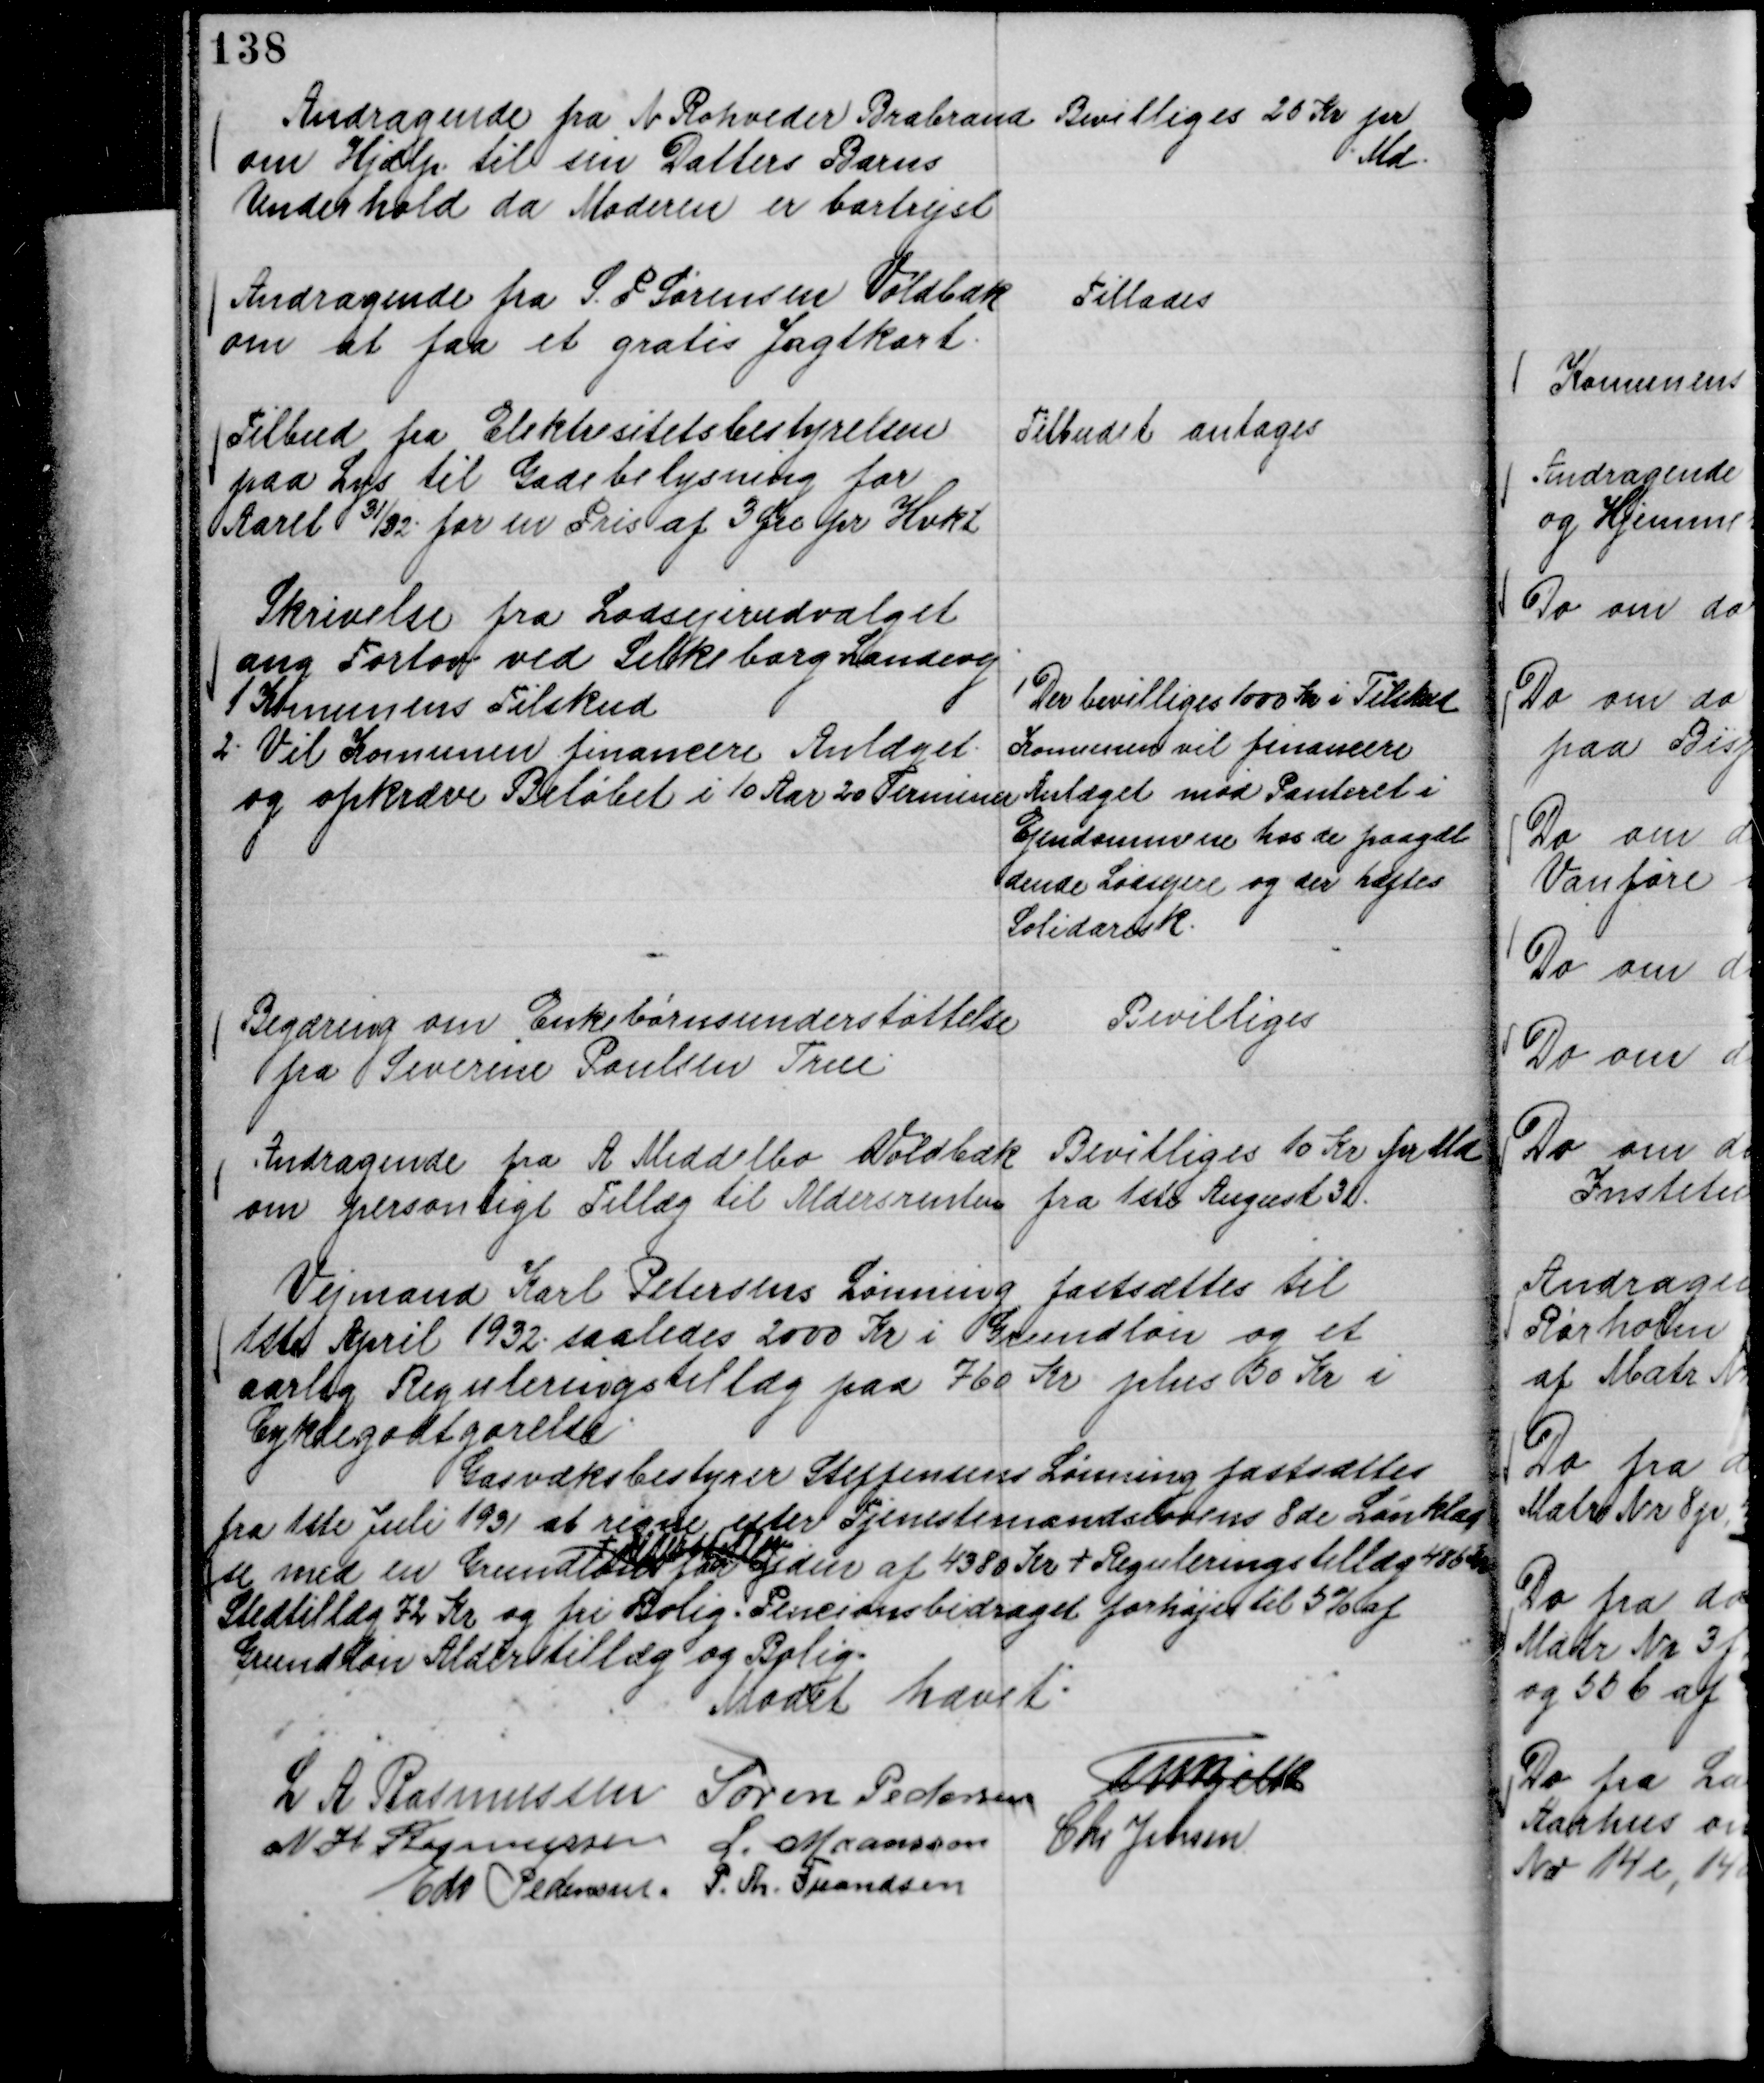
Transskription:
Andragende fra N Rohveder Brabrand
om Hjælp til sin Datters Barns
Underhold da Moderen er bortrejst

Bevilliges 25 Kr pr
Md.

Andragende fra S. P Sørensen Voldbæk
om at faa et gratis Jagtkort.

Tillades

Tilbud fra Elektrisitetsbestyrelsen
paa Lys til Gadebelysning for
Aaret 31/32 for en Pris af 3 Øre pr Hvkt

Tilbudet antages

Skrivelse fra Lodsejerudvalget
ang Fortov ved Silkeborg Landevej
1 Komunens Tilskud
2. Vil Komunen financere anlæget
og opkræve Beløbet i 10 Aar 20 Terminer

1 Der bevilliges 1000 Kr i Tilskud
Komunen vil financere
Anlæget mod Panteret i
Ejendommene hos de paagæl
dende Lodsejere og der hæftes
Solidarisk.

Begæring om Enkebørnsunderstøttelse
fra Severine Paulsen True

Bevilliges

Andragende fra A Middelbo Voldbæk
om personligt Tillæg til Aldersrenten

Bevilliges 10 Kr pr Md
fra 1ste August 31.

Vejmand Karl Petersens Lønning fastsættes til
1ste April 1932. saaledes 2000 Kr i Grundløn og et
aarlig Reguleringstillæg paa 760 Kr plus 50 Kr i
Cyklegodtgørelse.

Gasværksbestyrer Steffensens Lønning fastsættes
fra 1ste Juli 1931 at regne efter Tjenestemandslovens 8de Lønklas
se med en Grundløn
+ Udestaaende
for Tiden af 4380 Kr + Reguleringstillæg 486 Kr
Stedtillæg 72 Kr og fri Bolig. Pencionsbidraget forhøjes til 5 % af
Grundløn Alderstillæg og Bolig.

Mødet hævet.
L A Rasmussen
Søren Pedersen
Th Bjelke
N H Rasmussen
L. Maansson
Chr Jensen
Edv Pedersen.
P. Th. Frandsen